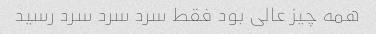
همه چیز عالی بود فقط سرد سرد سرد رسید